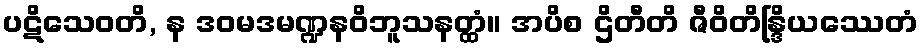
ပဋိသေဝတိ, န ဒဝမဒမဏ္ဍနဝိဘူသနတ္ထံ။ အပိစ ဌိတီတိ ဇီဝိတိန္ဒြိယဿေတံ